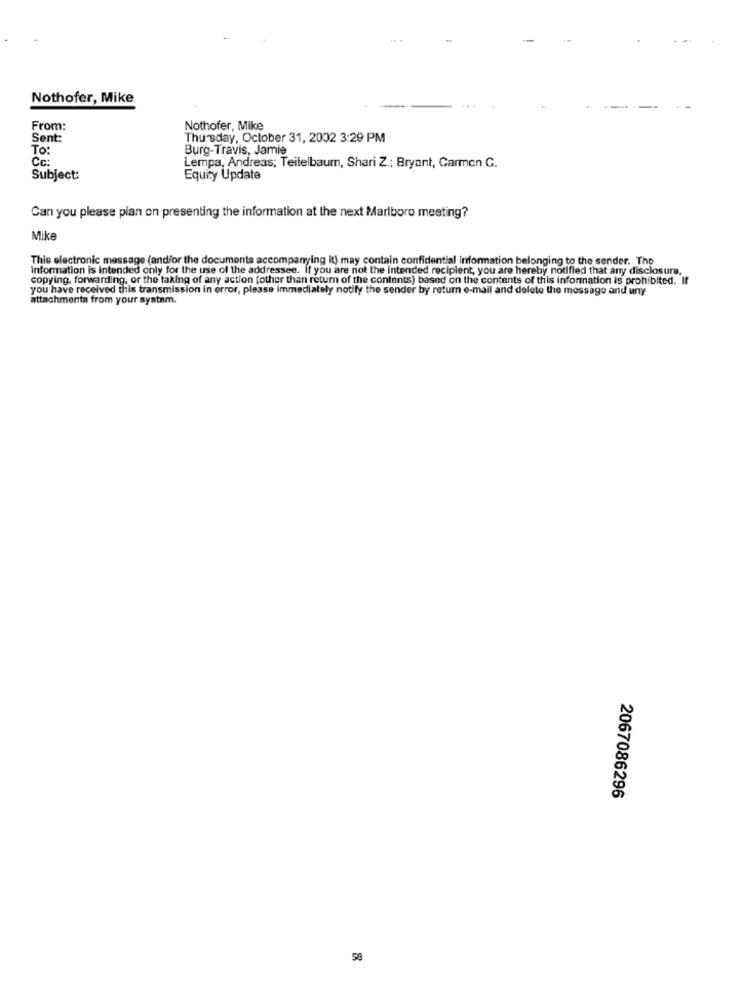
Nothofer, Mike
From:
Nothofer, Mike
Sent:
Thursday, October 31, 2002 3:29 PM
To:
Burg-Travis, Jamie
Cc:
Lempa, Andreas; Teilelbaum, Shari Z .; Bryant, Carmen G.
Subject:
Equity Update
Can you please pian on presenting the information at the next Marlboro meeting?
Mike
This electronic message (and/or the documents accompanying it) may contain confidential information belonging to the sender. The
Information is intended only for the use of the addressee. If you are not the intended recipient, you are hereby notified that any disclosure,
copying, forwarding, or the taking of any action [other than return of the contents) based on the contents of this information is prohibited. If
you have received this transmission in error, please immediately notify the sender by return e-mail and delete the message and uny
attachments from your system.
2067086296
58